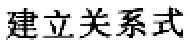
建立关系式